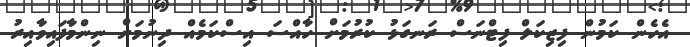
އެހެން ކަމުން ފިޒިކަލް ފިޓްނަސް ރަނގަޅު ކުރުމަށް ހާއްސަ އިސްކަމެއް ދިނުމަށް ނިންމާފައިވާއިރު